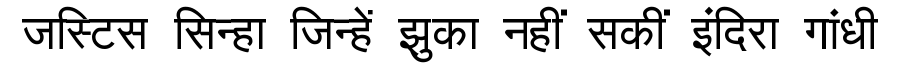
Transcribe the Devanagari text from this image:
जस्टिस सिन्हा जिन्हें झुका नहीं सकीं इंदिरा गांधी